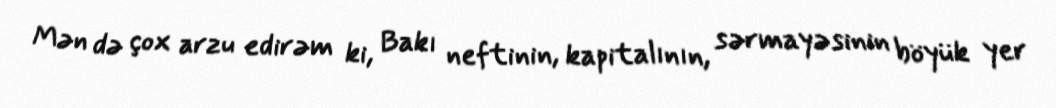
Mən də çox arzu edirəm ki, Bakı neftinin, kapitalının, sərmayəsinin böyük yer